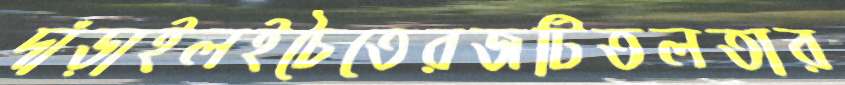
দাঁড়াইলইচৈতেরজটিতলতার